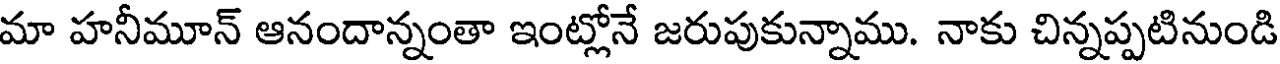
మా హనీమూన్ ఆనందాన్నంతా ఇంట్లోనే జరుపుకున్నాము. నాకు చిన్నప్పటినుండి